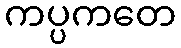
ကပ္ပကတေ